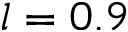
l = 0 . 9